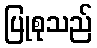
ပြုစုသည်